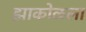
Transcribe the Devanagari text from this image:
झाकोळला